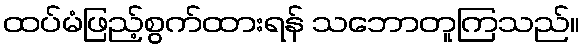
ထပ်မံဖြည့်စွက်ထားရန် သဘောတူကြသည်။